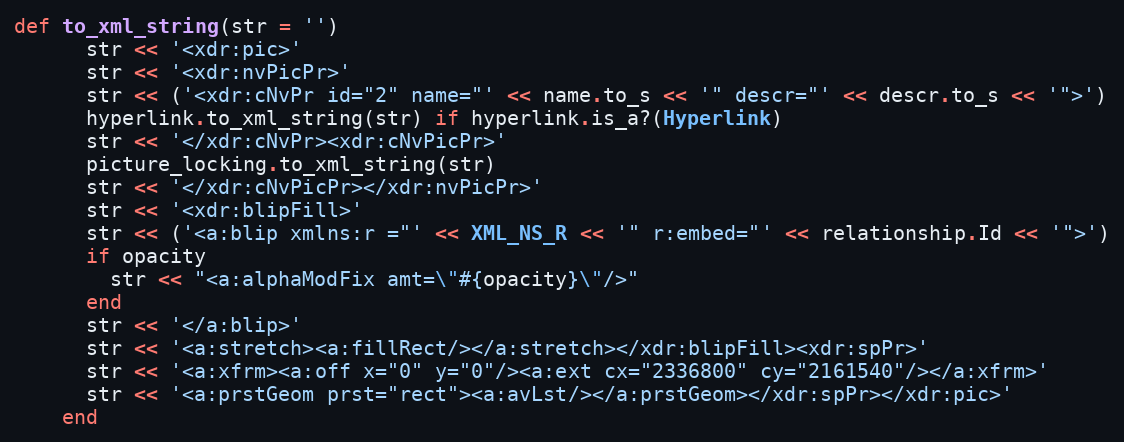
Language: Ruby
def to_xml_string(str = '')
      str << '<xdr:pic>'
      str << '<xdr:nvPicPr>'
      str << ('<xdr:cNvPr id="2" name="' << name.to_s << '" descr="' << descr.to_s << '">')
      hyperlink.to_xml_string(str) if hyperlink.is_a?(Hyperlink)
      str << '</xdr:cNvPr><xdr:cNvPicPr>'
      picture_locking.to_xml_string(str)
      str << '</xdr:cNvPicPr></xdr:nvPicPr>'
      str << '<xdr:blipFill>'
      str << ('<a:blip xmlns:r ="' << XML_NS_R << '" r:embed="' << relationship.Id << '">')
      if opacity
        str << "<a:alphaModFix amt=\"#{opacity}\"/>"
      end
      str << '</a:blip>'
      str << '<a:stretch><a:fillRect/></a:stretch></xdr:blipFill><xdr:spPr>'
      str << '<a:xfrm><a:off x="0" y="0"/><a:ext cx="2336800" cy="2161540"/></a:xfrm>'
      str << '<a:prstGeom prst="rect"><a:avLst/></a:prstGeom></xdr:spPr></xdr:pic>'
    end